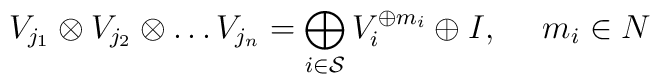
V_{j_1}\otimes V_{j_2}\otimes\ldots V_{j_n}= \bigoplus_{i\in {\cal S}} V_i^{\oplus m_i}\oplus I,\ \ \ \ m_i\in N